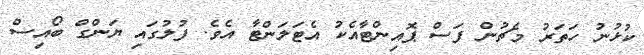
ކުޅުނު ހަތަރު މެޗުން ފަސް ޕޮއިންޓާއެކު އެޓަލަންޓާ އެވެ. ފުލުގައި ޔަންގް ބޯއިސް